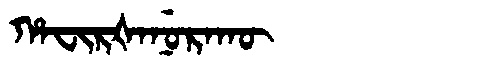
Manchu: ᡥᠠᠸᡳᡵᡧᠠᠨᡠᡵᠠᡴᡡ
Romanization: HAFIRŠANURAKŪ